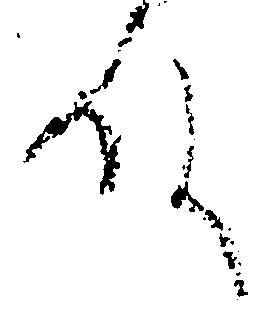
殿